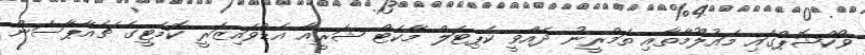
ވޯކްޝޮޕްގައި މައުލޫމާތާއި ތަމްރީނު ދެއްވީ ކެޕިޓަލް މާކެޓް ޝަރީއާ އެޑްވައިޒަރީ ކޮމެޓީގެ ޗެއާޕާސަން